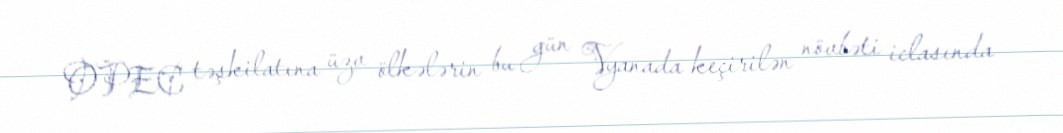
OPEC təşkilatına üzv ölkələrin bu gün Vyanada keçirilən növbəti iclasında